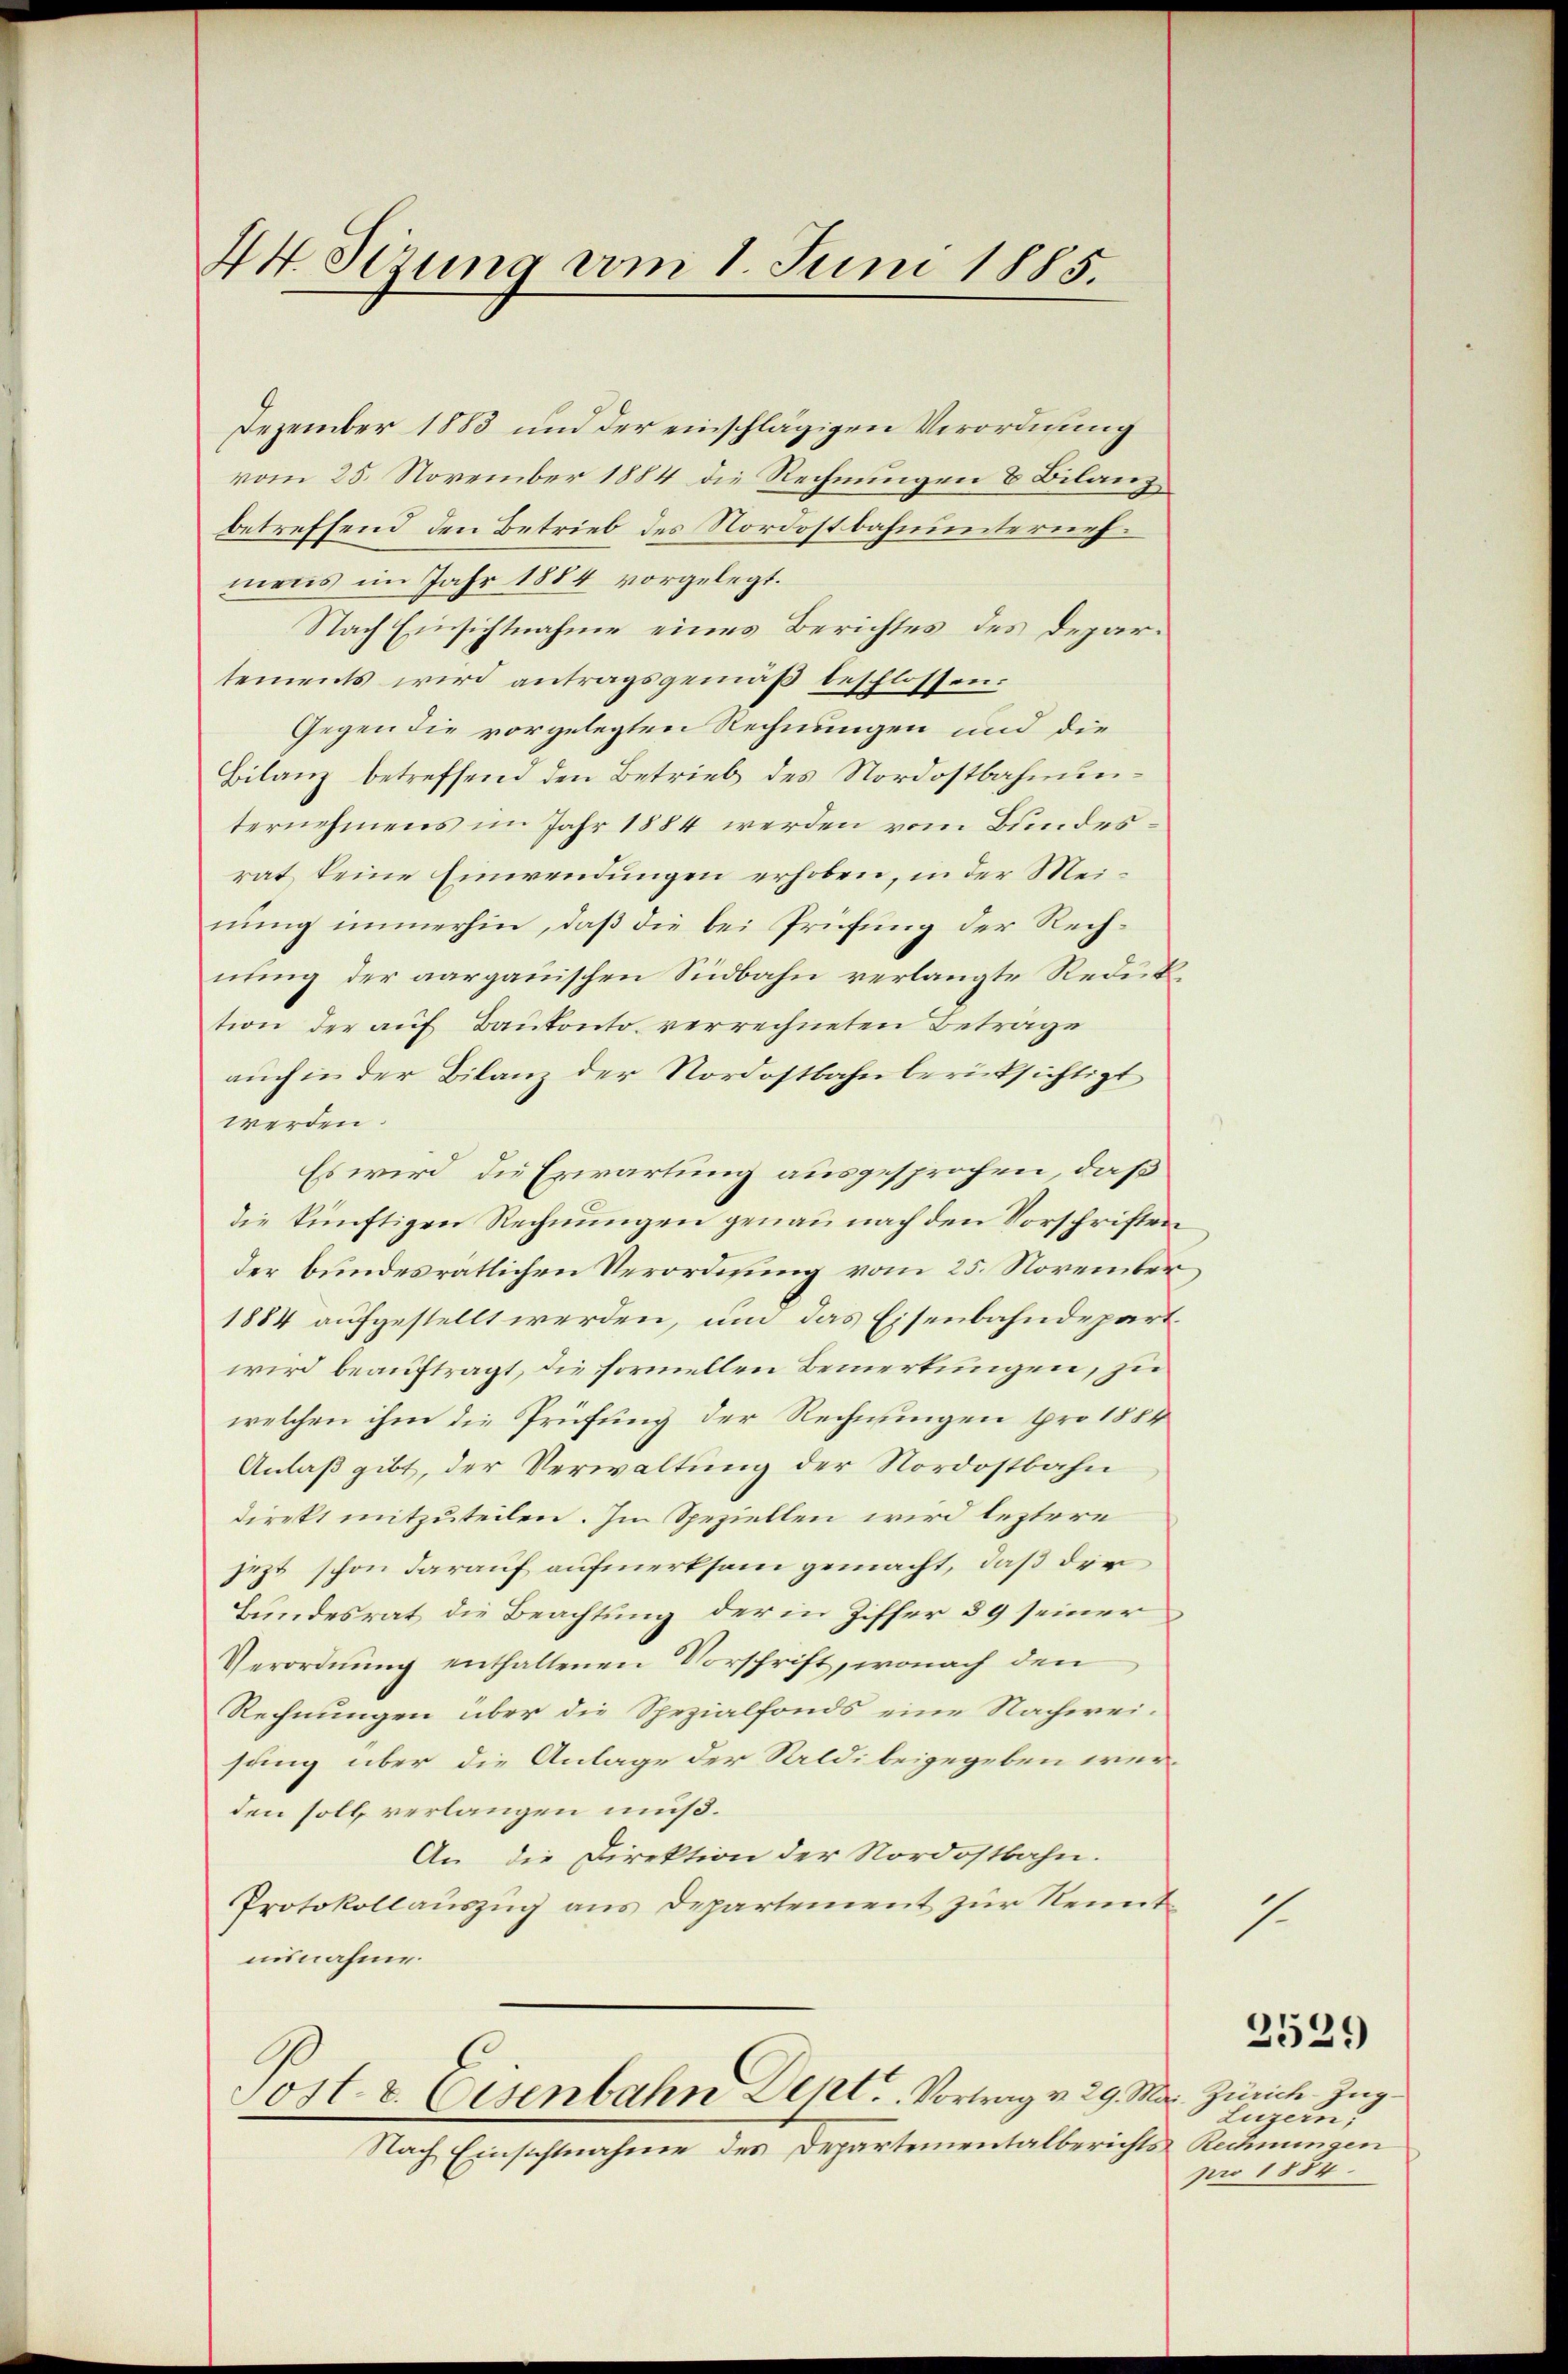
44 Sizung vom 1. Juni 1885.

Dezember 1883 und der einschlägigen Verordnung
vom 25. November 1884 die Rechnungen & Bilanz
betreffend den Betrieb des Nordostbahnunternehmens im Jahr 1884 vorgelegt.
Nach Einsichtnahme eines Berichtes des Departements wird antragsgemäß beschlossen:
Gegen die vorgelegten Rechnungen und die
Bilanz betreffend den Betrieb des Nordostbahnunternehmens im Jahr 1884 werden vom Bundesrat keine Einwendungen erhoben, in der Meinung immerhin, daß die bei Prüfung der Rechnung der aargauischen Südbahn verlangte Reduktion der auf Baukonto verrechneten Beträge
aŭch in der Bilanz der Nordostbahnberücksichtigt
werden.
Es wird die Erwartung ausgesprochen, daß
die künftigen Rechnungen genau nach den Vorschriften
der bundesrätlichen Verordnung vom 25. November
1884 aufgestellt werden, um das Eisenbahndepart.
wird beauftragt, die formellen Bemerkungen, zu
welchen ihm die Prüfung der Rechnungen pro 1884
Anlaß gibt, der Verwaltung der Nordostbahn
direkt mitzuteilen. Im Speziellen wird leztere
jezt schon darauf aufmerksam gemacht, daß die
Bundesrat die Beachtung der in Ziffer § 9 seiner
Verordnung enthaltenen Vorschrift, wonach den
Rechnungen über die Spezialfonds eine Nachwei-
sung über die Anlage der Saaldi beigegeben werden soll verlangen muß.
An die Direktion der Nordostbahn.
Protokollauszug aus Departement zur Renntausnahme.

Post- & Eisenbahn Dept. Vortrag v. 29. Mar. Zürich Zug-

Nach Einsichtnahme des Departementalberichts Rechnungen

1

Luzern,
pro 1884.

2529